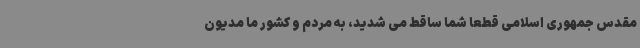
مقدس جمهوری اسلامی قطعا شما ساقط می شدید، به مردم و کشور ما مدیون